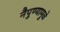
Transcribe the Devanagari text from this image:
नैपुण्यामुळे